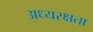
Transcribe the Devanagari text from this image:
अध्यरक्षता